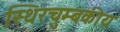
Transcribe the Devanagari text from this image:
स्थिरचुम्बकीय